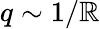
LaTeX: q\sim1/\mathbb{R}